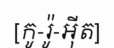
[កូ-រ៉ូ-អ៊ីត]